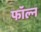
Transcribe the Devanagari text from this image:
फॉल्न